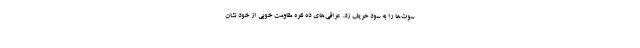
سوت‌ها را به سود حریف زد. عراقی‌های ده نفره مقاومت خوبی از خود نشان